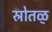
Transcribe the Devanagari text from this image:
स्रोतळ्